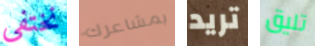
نختفي بمشاعرك تريد تليق